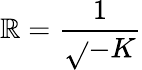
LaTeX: \mathbb{R}={\frac{{1}}{{\sqrt{}{{-K}}}}}